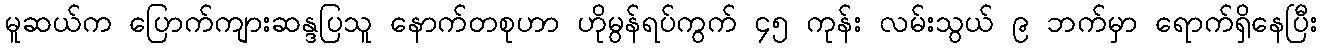
မူဆယ်က ပြောက်ကျားဆန္ဒပြသူ နောက်တစုဟာ ဟိုမွန်ရပ်ကွက် ၄၅ ကုန်း လမ်းသွယ် ၉ ဘက်မှာ ရောက်ရှိနေပြီး